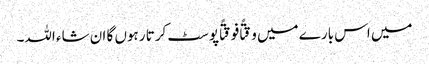
میں اس بارے میں وقتًا فوقتًا پوسٹ کرتا رہوں گا ان شاء اللہ۔